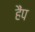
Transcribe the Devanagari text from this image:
हैंप